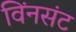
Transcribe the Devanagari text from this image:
विंनसंट